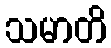
သမာတိ